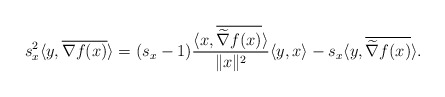
\begin{align*} ~~ s_x^2\langle y, \overline{\nabla f(x)}\rangle =(s_x-1)\frac{\langle x,\overline{\widetilde \nabla f(x)}\rangle }{\|x\|^2}\langle y,x\rangle -s_x\langle y, \overline{\widetilde \nabla f(x)}\rangle .\end{align*}